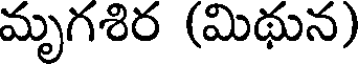
మృగశిర (మిథున)